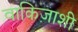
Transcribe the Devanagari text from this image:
वाकिज़ाशी